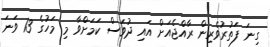
ގިނަ ފަތުރުވެރިން ރާއްޖެއަށް އައި ދުވަސް ކަަމަށްވާ މި މަހުގެ 13 ވަނަ